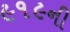
૯૧૯ની